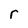
Character: r